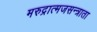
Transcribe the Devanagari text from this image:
मरुद्रात्मजसन्त्राता